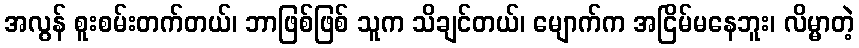
အလွန် စူးစမ်းတက်တယ်၊ ဘာဖြစ်ဖြစ် သူက သိချင်တယ်၊ မျောက်က အငြိမ်မနေဘူး၊ လိမ္မာတဲ့